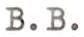
B.B.